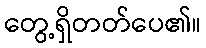
တွေ့ရှိတတ်ပေ၏။